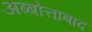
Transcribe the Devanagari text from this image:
अब्बोत्ताबाद